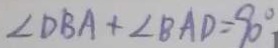
\angle D B A + \angle B A D = 9 0 ^ { \circ }